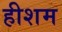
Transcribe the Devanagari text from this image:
हीशम